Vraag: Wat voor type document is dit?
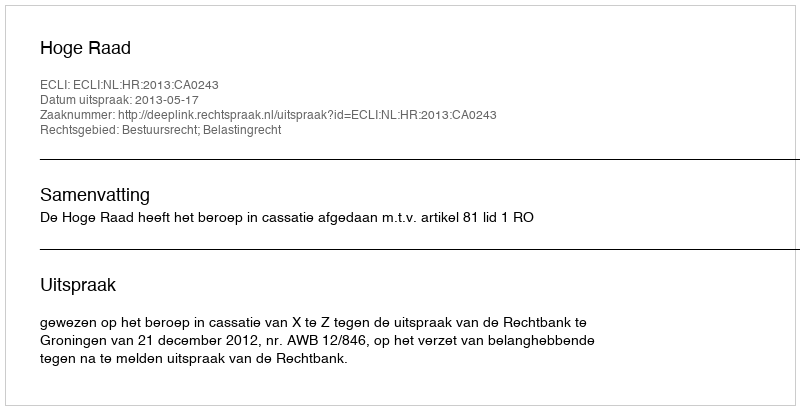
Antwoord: Uitspraak